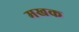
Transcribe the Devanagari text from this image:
मखक